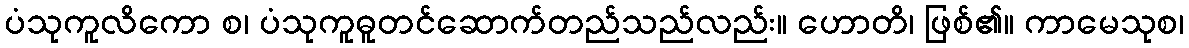
ပံသုကူလိကော စ၊ ပံသုကူဓူတင်ဆောက်တည်သည်လည်း။ ဟောတိ၊ ဖြစ်၏။ ကာမေသုစ၊